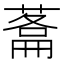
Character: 𮐬